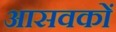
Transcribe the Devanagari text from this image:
आसवकों